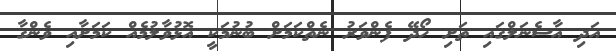
އަދި އާސެނަލްގައި ތަށި ހޯދޭ ފެންވަރު ނެތްކަމަށް ބުނުމަކީ އޮޅުވާލުމެއް ކަމަށާއި ވެންގާ